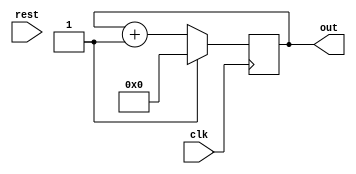
module counter4bit(input clk, rest, output reg[3:0]out);
always@(posedge clk)
begin
	if(rst)
		out <= 0;
	else
		out = out + 4'b0001;
end
endmodule